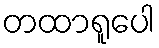
တထာရူပေါ